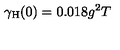
\gamma _ { \mathrm { H } } ( 0 ) = 0 . 0 1 8 g ^ { 2 } T